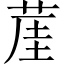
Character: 𦲒